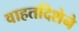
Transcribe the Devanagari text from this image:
वाहतदिशेने